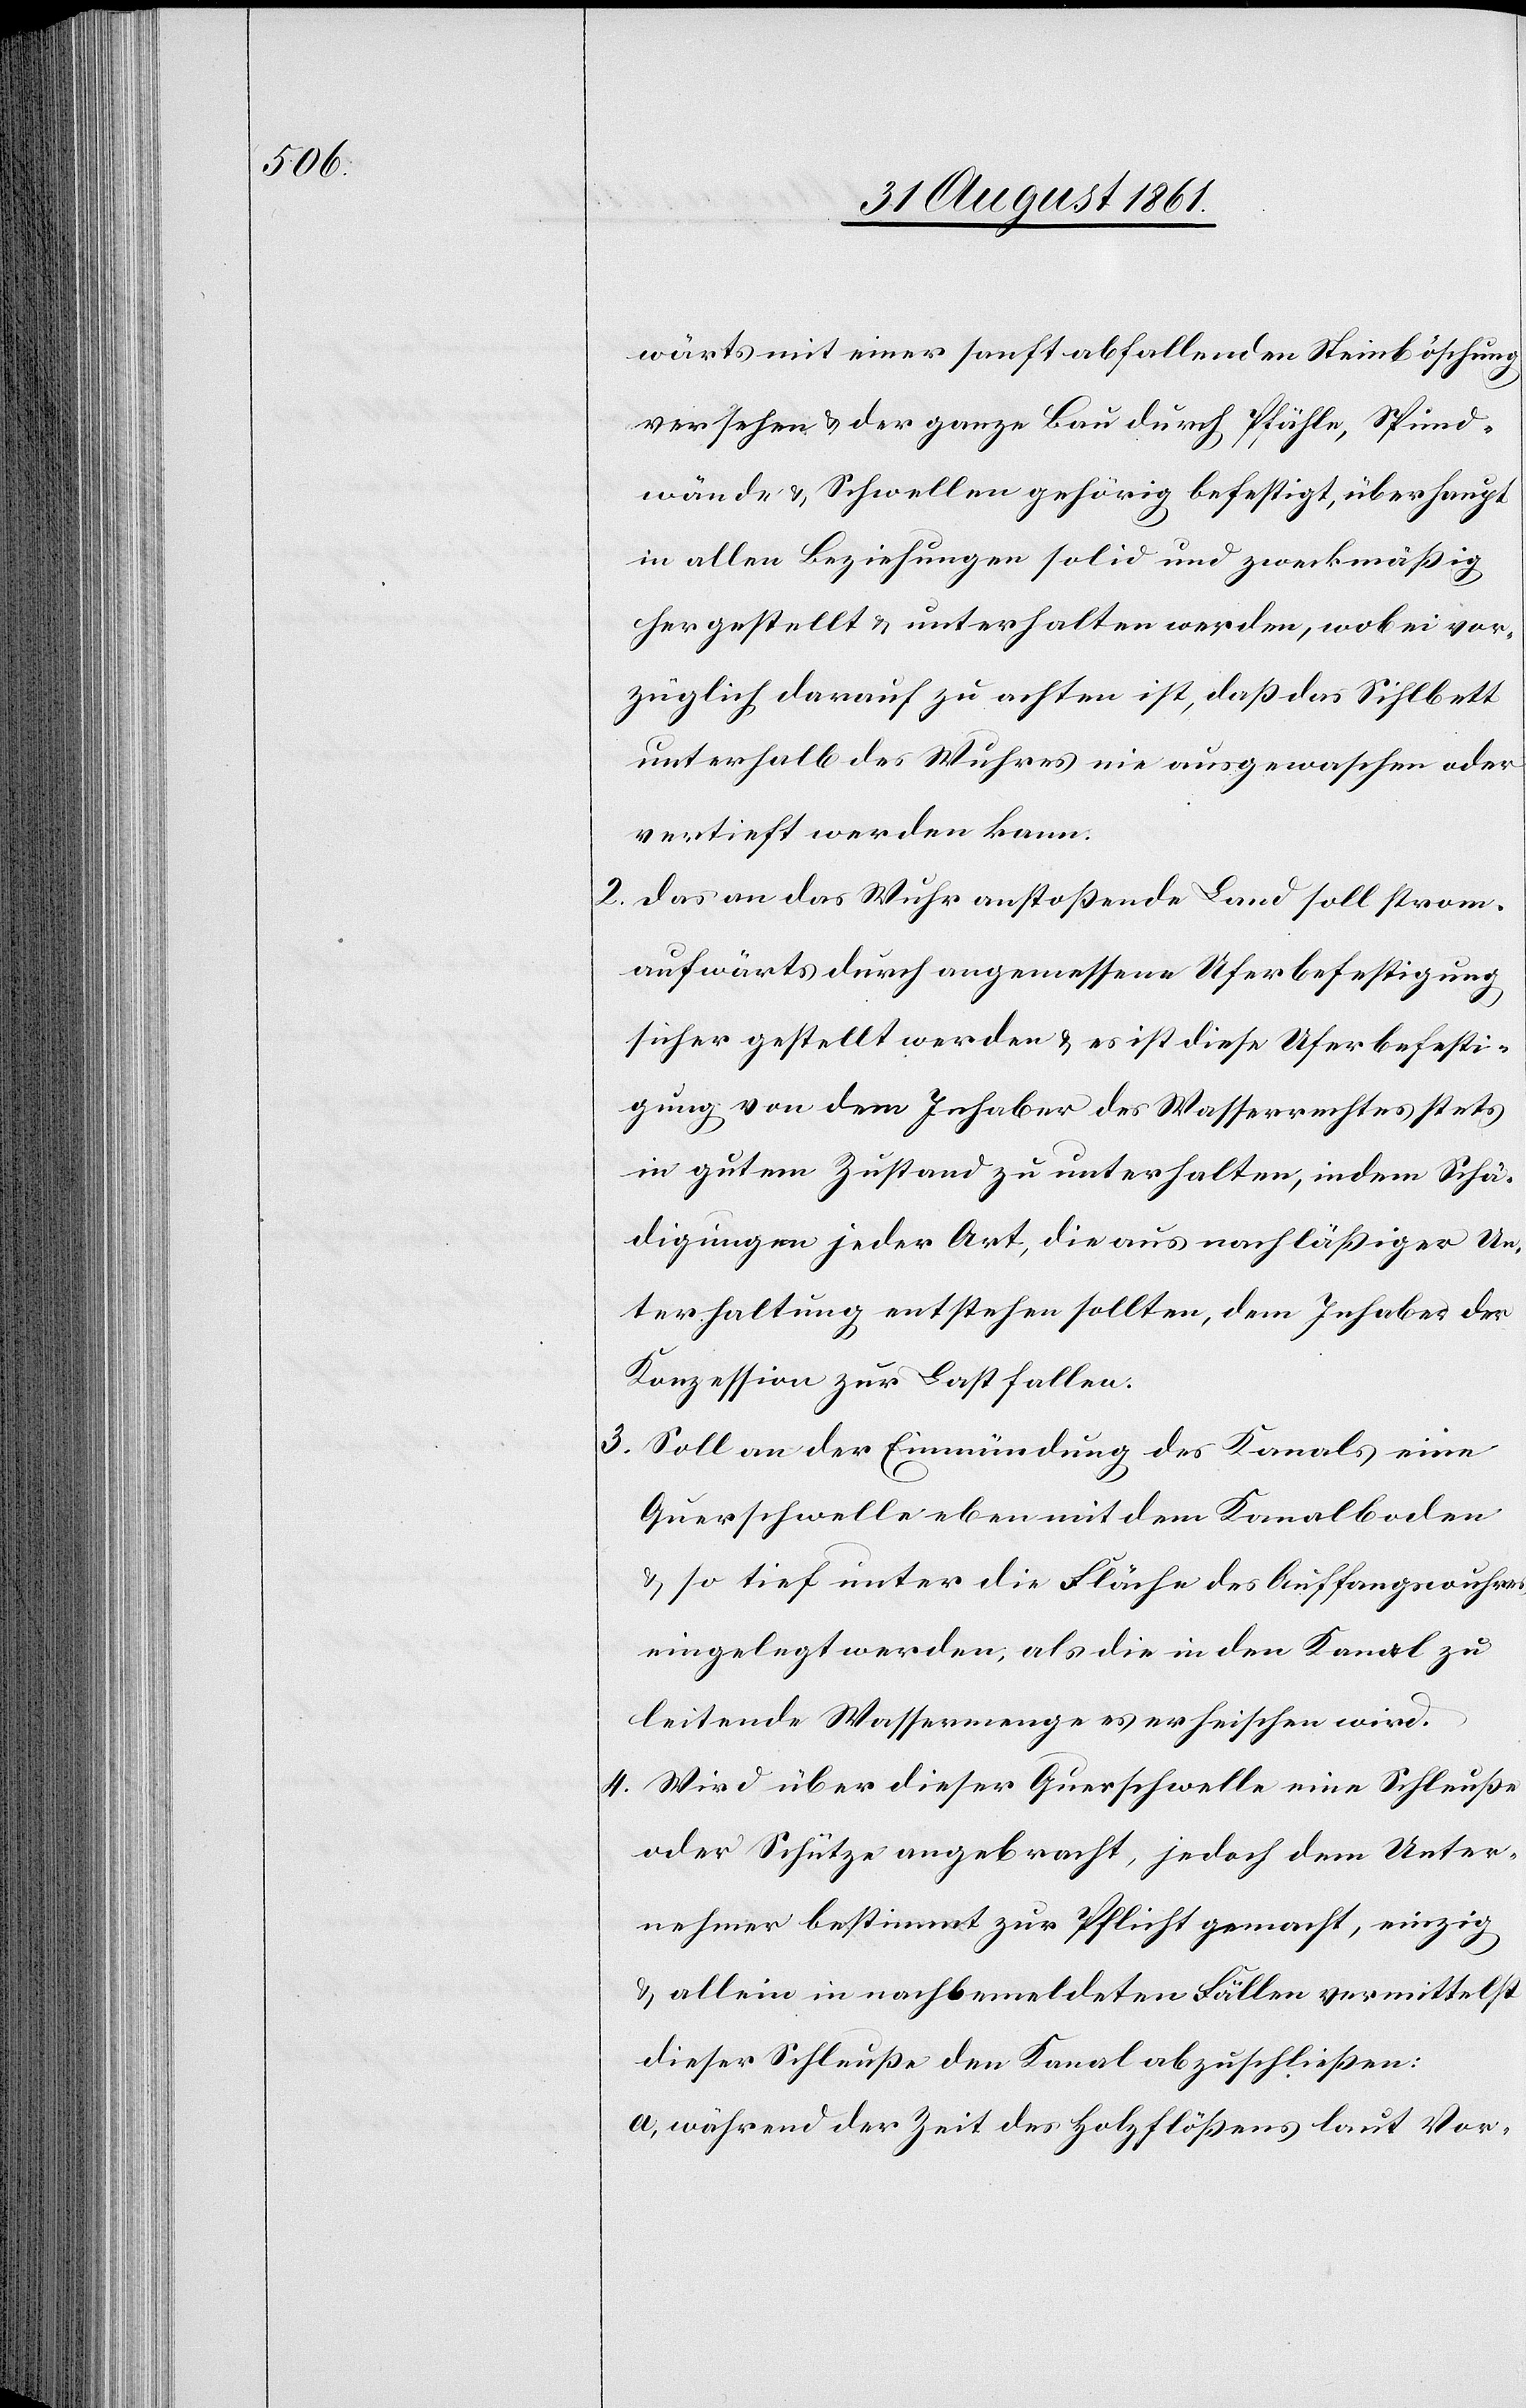
wärts mit einer sanft abfallenden Steinböschung
versehen u. der ganze Bau durch Pfähle, Spünd¬
wände u. Schwellen gehörig befestigt, überhaupt
in allen Beziehungen solid und zweckmäßig
hergestellt u. unterhalten werden, wobei vor¬
züglich darauf zu achten ist, daß das Sihlbett
unterhalb des Wuhres nie ausgewaschen oder
vertieft werden kann.
2. Das an das Wuhr anstoßende Land soll strom¬
aufwärts durch angemessene Uferbefestigung
sicher gestellt werden u. es ist diese Uferbefesti¬
gung von dem Inhaber des Wasserrechtes stets
in gutem Zustand zu unterhalten, indem Schä¬
digungen jeder Art, die aus nachläßiger Un¬
terhaltung entstehen sollten, dem Inhaber der
Konzession zur Last fallen.
3. Soll an der Einmündung des Kanals eine
Querschwelle eben mit dem Kanalboden
u. so tief unter die Fläche des Auffangswuhres
eingelegt werden, als die in den Kanal zu
leitende Wassermenge es erheischen wird.
4. Wird über dieser Querschwelle eine Schleuße
oder Schütze angebracht, jedoch dem Unter¬
nehmer bestimmt zur Pflicht gemacht, einzig
u. allein in nachbemeldeten Fällen vermittelst
dieser Schleuße den Kanal abzuschließen:
a, während der Zeit des Holzflößens laut Vor-